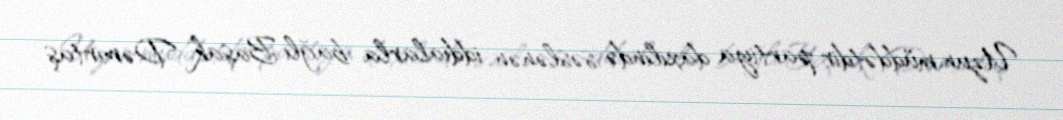
Uzun müddətdir partiya daxilində səslənən iddialarla bağlı Başak Dəmirtaş